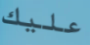
عليك